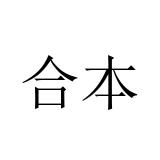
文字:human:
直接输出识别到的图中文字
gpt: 合本